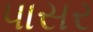
પાસર